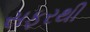
સફરથી